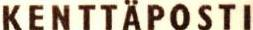
KENTTÄPOSTI